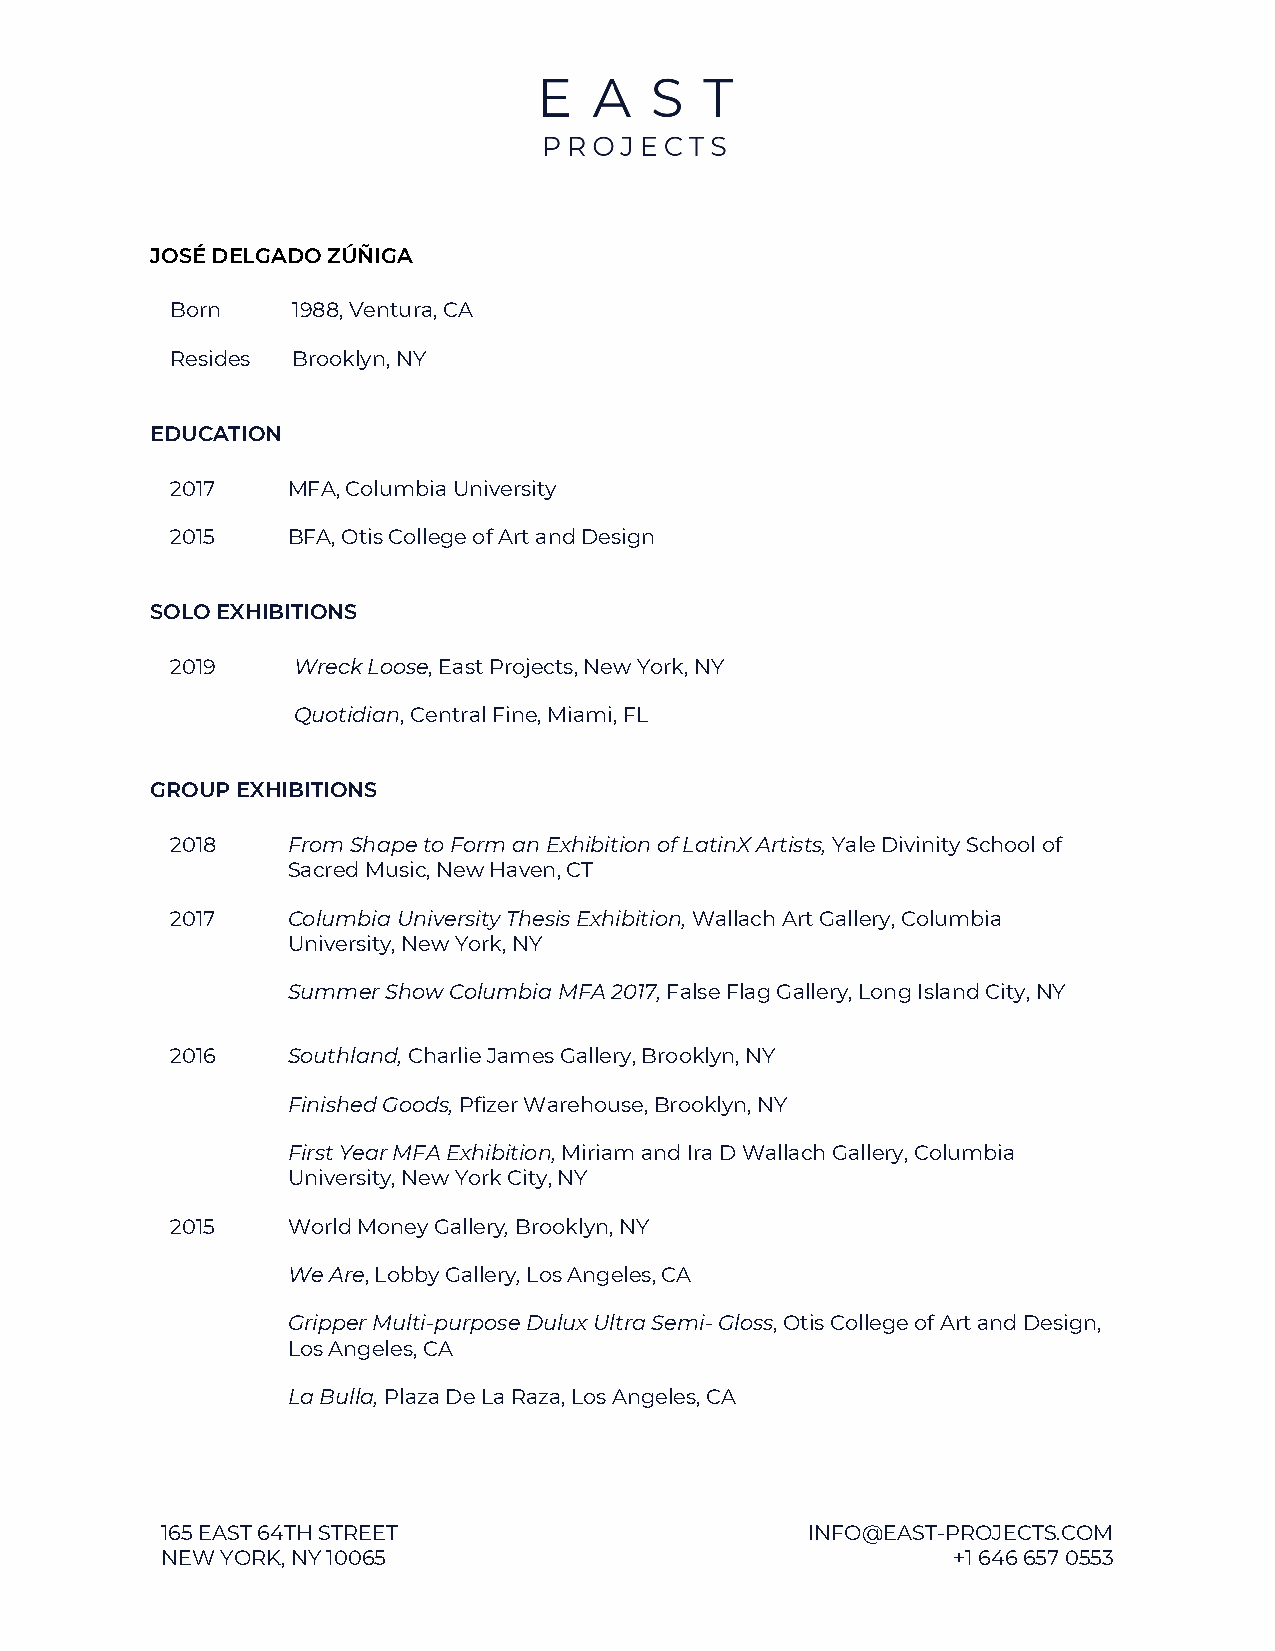
JOSÉ DELGADO ZÚÑIGA
 Born    1988, Ventura, CA
 Resides Brooklyn, NY
 EDUCATION
 2017    MFA, Columbia University
 2015    BFA, Otis College of Art and Design
 SOLO EXHIBITIONS
 2019    Wreck Loose​, East Projects, New York, NY
 Quotidian,​ Central Fine, Miami, FL
 GROUP EXHIBITIONS
 2018    From Shape to Form an Exhibition of LatinX Artists, ​Yale Divinity School of
 Sacred Music, New Haven, CT
 2017    Columbia University Thesis Exhibition, ​Wallach Art Gallery, Columbia
 University, New York, NY
 Summer Show Columbia MFA 2017, ​False Flag Gallery, Long Island City, NY
 2016    Southland, ​Charlie James Gallery, Brooklyn, NY
 Finished Goods, ​Pfizer Warehouse, Brooklyn, NY
 First Year MFA Exhibition, ​Miriam and Ira D Wallach Gallery, Columbia
 University, New York City, NY
 2015    World Money Gallery,​ ​Brooklyn, NY
 We Are,​ Lobby Gallery​, L​ os Angeles, CA
 Gripper Multi-purpose Dulux Ultra Semi- Gloss,​ Otis College of Art and Design,
 Los Angeles, CA
 La Bulla, ​Plaza De La Raza, Los Angeles, CA
 165 EAST 64TH STREET                      INFO@EAST-PROJECTS.COM
 NEW YORK, NY 10065                                  +1 646 657 0553